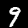
Label: 9